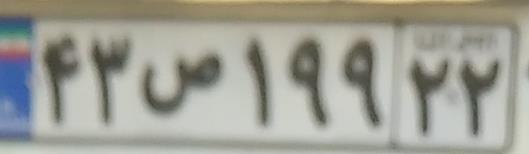
۴۳ص۱۹۹۲۲